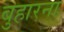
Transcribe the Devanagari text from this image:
बुहारना